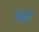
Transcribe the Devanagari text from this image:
अर्न्ट